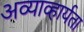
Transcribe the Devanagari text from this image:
अव्याव्हार्यता